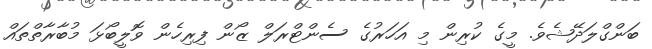
ބަންގްލަދޭޝެވެ. މީގެ ކުރިން މި އަހަރުގެ ސެންޓްރަލް ޒޯން ފިރިހެން ވޮލީބޯޅަ މުބާރާތްތައް